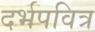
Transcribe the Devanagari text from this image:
दर्भपवित्र